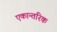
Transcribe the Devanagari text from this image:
एकान्तरिक